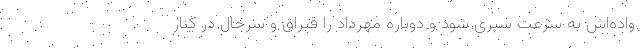
واده‌اش به سرعت سپری شود و دوباره مهرداد را قبراق و سرحال در کنار